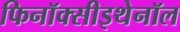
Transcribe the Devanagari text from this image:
फिनॉक्सीइथेनॉल